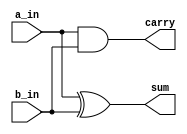
module half_adder( a_in, b_in, sum, carry ) ;
	
	input a_in, b_in ;
	output sum, carry ;

	assign sum = a_in ^ b_in ;
	assign carry = a_in & b_in ;

endmodule